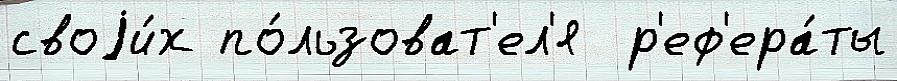
своjи́х по́льзоват'ел'я  р'еф'ера́ты